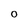
Character: o